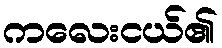
ကလေးငယ်၏